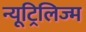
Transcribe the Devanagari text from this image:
न्यूट्रिलिज्म